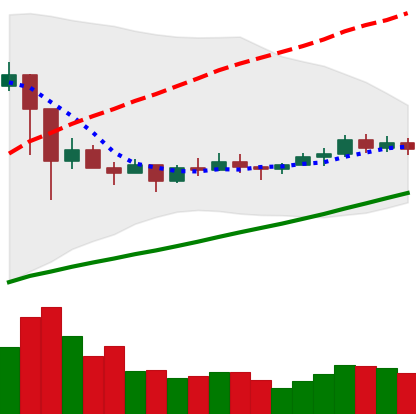
Ticker: ETC-USD
Chart end date: 2021-03-12
Forward return: 4.555%
Label: up_3_5